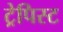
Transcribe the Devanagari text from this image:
ट्रेपिस्ट